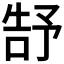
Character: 𮰕